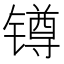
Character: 𨱔